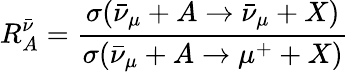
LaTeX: R_{A}^{\bar{\nu}}=\frac{\sigma(\bar{\nu}_{\mu}+A\to\bar{\nu}_{\mu}+X)}{\sigma(\bar{\nu}_{\mu}+A\to\mu^{+}+X)}